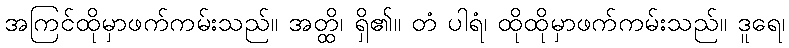
အကြင်ထိုမှာဖက်ကမ်းသည်။ အတ္ထိ၊ ရှိ၏။ တံ ပါရံ၊ ထိုထိုမှာဖက်ကမ်းသည်။ ဒူရေ၊